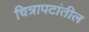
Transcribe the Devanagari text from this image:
चित्रापटांतील